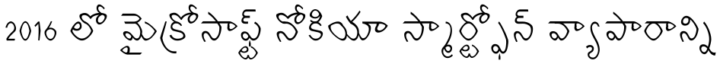
2016 లో మైక్రోసాఫ్ట్ నోకియా స్మార్ట్ఫోన్ వ్యాపారాన్ని